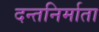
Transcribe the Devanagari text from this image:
दन्तनिर्माता